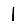
Digit: 1